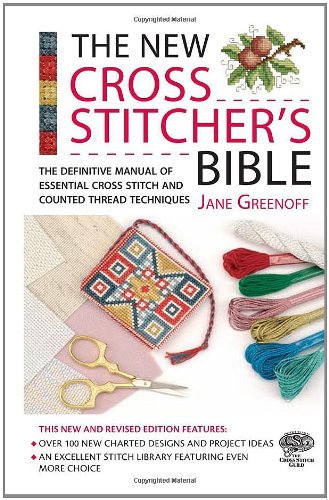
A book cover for New Cross Stitcher's Bible (Cross Stitch (David & Charles)); Jane Greenoff; Crafts, Hobbies & Home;